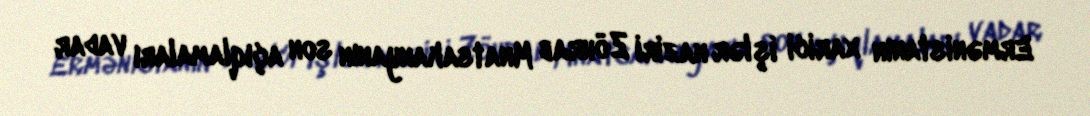
Ermənistanın xarici işlər naziri Zöhrab Mnatsakanyanın son açıqlamaları vadar